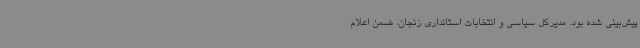
پیش‌بینی شده بود. مدیرکل سیاسی و انتخابات استانداری زنجان، ضمن اعلام